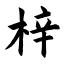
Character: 梓